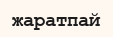
жаратпай